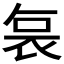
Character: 𭈆